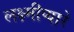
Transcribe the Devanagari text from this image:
लक्ष्मीप्यारे